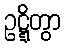
ဥဋ္ဋိတွာ